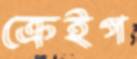
ক্রেইগ